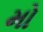
મો